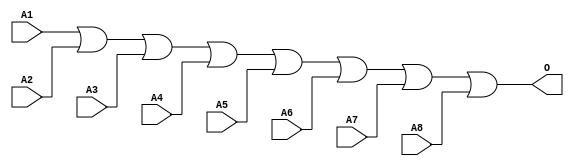
module MJOR8B(A1, A2, A3, A4, A5, A6, A7, A8, O);
input   A1;
input   A2;
input   A3;
input   A4;
input   A5;
input   A6;
input   A7;
input   A8;
output  O;
or g0(O, A1, A2, A3, A4, A5, A6, A7, A8);
endmodule